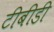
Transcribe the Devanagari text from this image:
टीबीडी